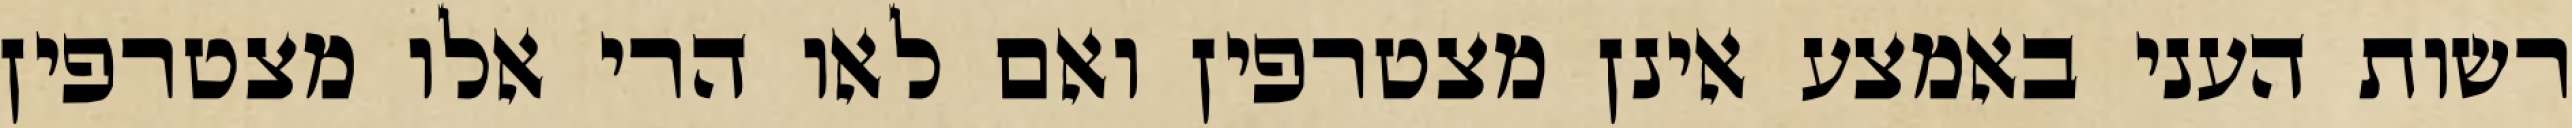
רשות העני באמצע אינן מצטרפין ואם לאו הרי אלו מצטרפין